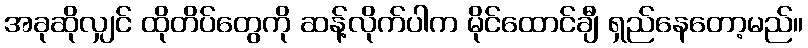
အခုဆိုလျှင် ထိုတိပ်တွေကို ဆန့်လိုက်ပါက မိုင်ထောင်ချီ ရှည်နေတော့မည်။